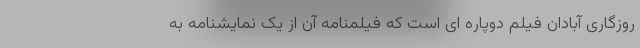
روزگاری آبادان فیلم دوپاره ای است که فیلمنامه آن از یک نمایشنامه به